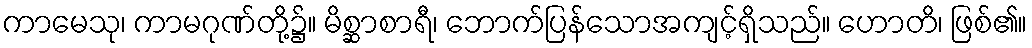
ကာမေသု၊ ကာမဂုဏ်တို့၌။ မိစ္ဆာစာရီ၊ ဘောက်ပြန်သောအကျင့်ရှိသည်။ ဟောတိ၊ ဖြစ်၏။